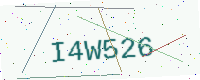
Text: I4W526